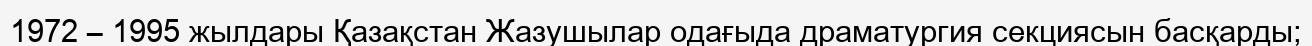
1972 – 1995 жылдары Қазақстан Жазушылар одағыда драматургия секциясын басқарды;